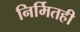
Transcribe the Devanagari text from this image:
निर्मितही